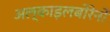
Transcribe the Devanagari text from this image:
अल्काइलबोरेनों